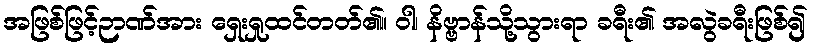
အဖြစ်ဖြင့်ဉာဏ်အား ရှေးရှုထင်တတ်၏။ ဝါ၊ နိဗ္ဗာန်သို့သွားရာ ခရီး၏ အလွဲခရီးဖြစ်၍